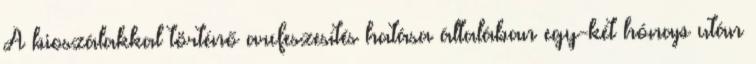
A bioszálakkal történő arcfeszesítés hatása általában egy-két hónap után